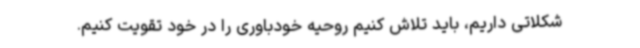
شکلاتی داریم، باید تلاش کنیم روحیه خودباوری را در خود تقویت کنیم.